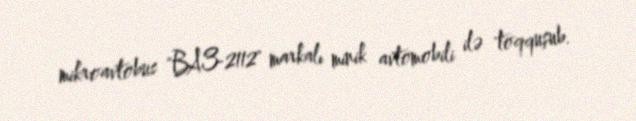
mikroavtobus "ВАЗ-2112" markalı minik avtomobili ilə toqquşub.